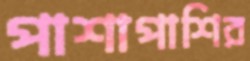
পাশাপাশির